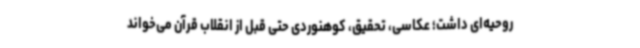
روحیه‌ای داشت؛ عکاسی، تحقیق، کوهنوردی حتی قبل از انقلاب قرآن می‌خواند